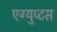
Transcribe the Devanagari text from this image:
एग्युप्टस